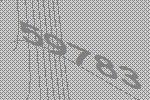
59783